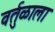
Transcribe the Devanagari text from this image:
वर्तुळाला